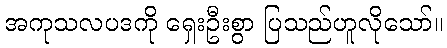
အကုသလပဒကို ရှေးဦးစွာ ပြသည်ဟူလိုသော်။